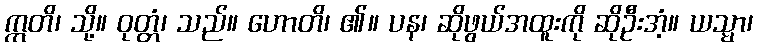
ဣတိ၊ သို့။ ဝုတ္တံ၊ သည်။ ဟောတိ၊ ၏။ ပန၊ ဆိုဖွယ်အထူးကို ဆိုဦးအံ့။ ယသ္မာ၊